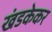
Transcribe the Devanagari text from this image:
खंडकेकर